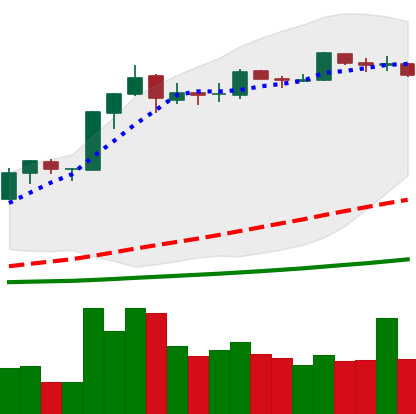
Ticker: BNB-USD
Chart end date: 2019-03-20
Forward return: 10.216%
Label: up_7plus